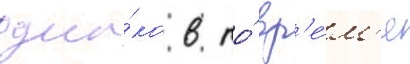
одна́ко в то́ вр'е́м'я